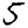
Digit: 5